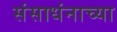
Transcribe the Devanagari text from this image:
संसाधंनाच्या